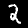
Label: 2